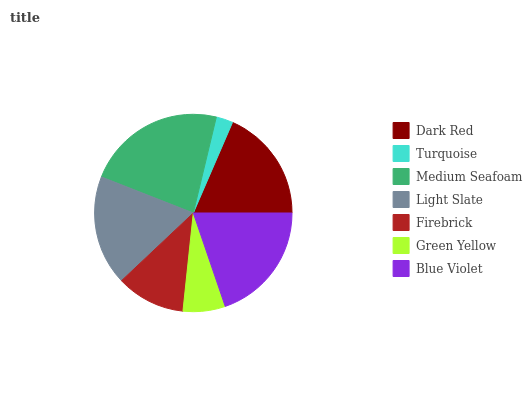
| Dark Red | Turquoise | Medium Seafoam | Light Slate | Firebrick | Green Yellow | Blue Violet |
 | --- | --- | --- | --- | --- | --- | --- |
 | 18.5% | 2.76% | 22.8% | 18% | 11.3% | 6.91% | 19.8% |